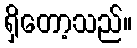
ရှိတော့သည်။